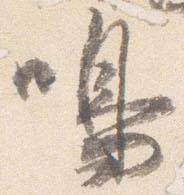
鳴